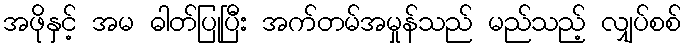
အဖိုနှင့် အမ ဓါတ်ပြုပြီး အက်တမ်အမှုန်သည် မည်သည့် လျှပ်စစ်